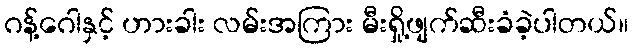
ဂန့်ဂေါနှင့် ဟားခါး လမ်းအကြား မီးရှို့ဖျက်ဆီးခံခဲ့ပါတယ်။